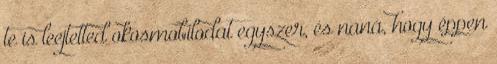
te is leejtetted okosmobilodat egyszer, és naná, hogy éppen